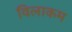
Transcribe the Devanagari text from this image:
विलाकम